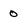
Character: 0